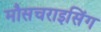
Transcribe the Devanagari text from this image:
मौसचराइसिंग